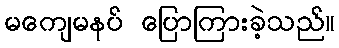
မကျေမနပ် ပြောကြားခဲ့သည်။